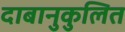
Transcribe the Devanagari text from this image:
दाबानुकुलित